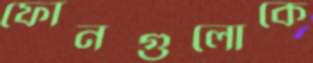
ফোনগুলোকে